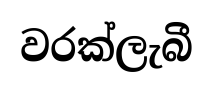
වරක්ලැබී